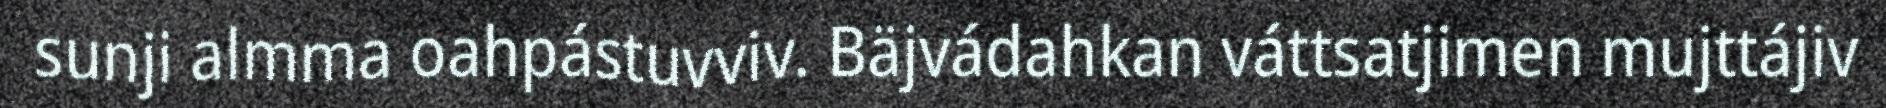
sunji almma oahpástuvviv. Bäjvádahkan váttsatjimen mujttájiv